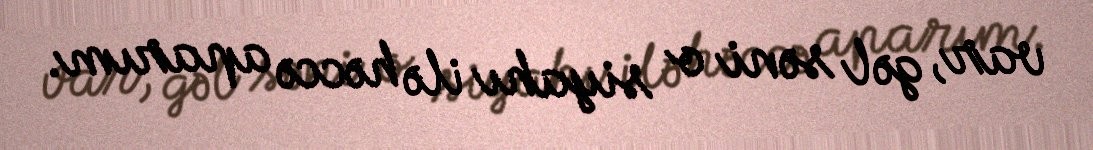
var, gəl səni o siyahı ilə həccə aparım.